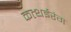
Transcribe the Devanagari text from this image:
कत्थईरंग